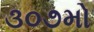
૩૦૭મો